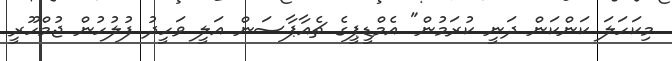
މިކަހަލަ ކަންކަން ދަނީ ކުރަމުން" އެމްޑީޕީގެ ޗެއާޕާސަން އަލީ ވަހީދު ފުލުހުން ޖުމްހޫރީ